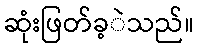
ဆုံးဖြတ်ခ့ဲသည်။